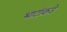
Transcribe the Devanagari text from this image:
भाटांकडे